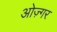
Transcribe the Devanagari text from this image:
ओज़्गर